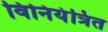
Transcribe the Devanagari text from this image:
विनियंत्रित